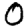
Digit: 0